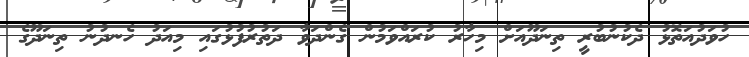
ހުވަދުއަތޮޅު ދެކުނުބުރީ ތިނަދޫއަށް މިހާރު ކުރައްވަމުން ގެންދަވާ ދަތުރުފުޅުގައި މިއަދު ހެނދުނު ތިނަދޫގެ